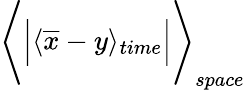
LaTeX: \Biggl\langle\Bigl\vert\langle\overline{{x}}-y\rangle_{time}\Bigl\vert\Biggl\rangle_{space}